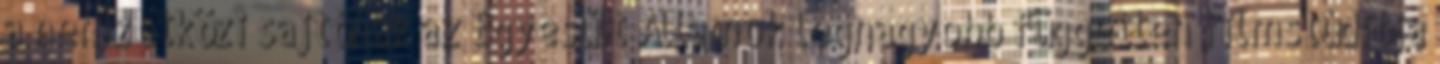
a nemzetközi sajtónak az Egyesült Államok legnagyobb független filmstúdiója